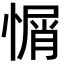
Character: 𢞜